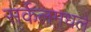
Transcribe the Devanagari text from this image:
सर्कलमधले